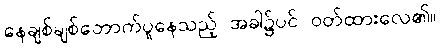
နေချစ်ချစ်တောက်ပူနေသည့် အခါ၌ပင် ဝတ်ထားလေ၏။